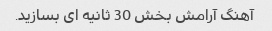
آهنگ آرامش بخش 30 ثانیه ای بسازید.